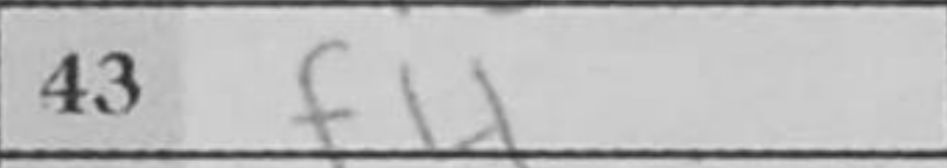
Transcription: f4